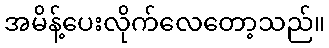
အမိန့်ပေးလိုက်လေတော့သည်။